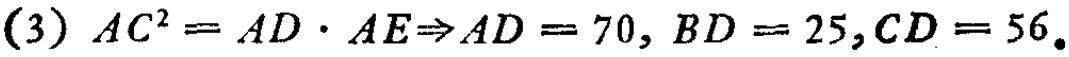
\((3)\ AC^{2}=AD\cdot AE\Rightarrow AD = 70, BD = 25,CD = 56.\)